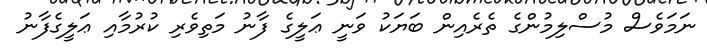
ނަމަވެސް މުސްލިމުންގެ ތެރެއިން ބަޔަކު ވަނީ ޢަލީގެ ފާނު މަތިވެރި ކުރުމާއި ޢަލީގެފާނު